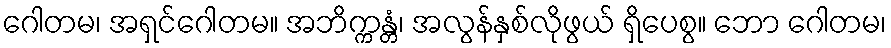
ဂေါတမ၊ အရှင်ဂေါတမ။ အဘိက္ကန္တံ၊ အလွန်နှစ်လိုဖွယ် ရှိပေစွ။ ဘော ဂေါတမ၊